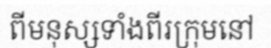
ពីមនុស្សទាំងពីរក្រុមនៅ